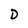
Character: D